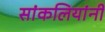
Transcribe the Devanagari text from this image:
सांकलियांनी